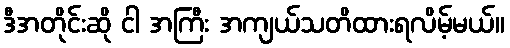
ဒီအတိုင်းဆို ငါ အကြီး အကျယ်သတိထားရလိမ့်မယ်။